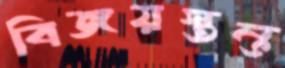
বিজয়স্তম্ভ